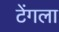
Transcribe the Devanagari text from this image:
टेंगला